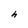
Character: h